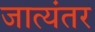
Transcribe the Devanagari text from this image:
जात्यंतर